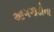
આગગાડીના